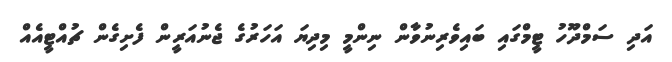
އަދި ސަމްދޫހު ޓީމްގައި ބައިވެރިނުވާން ނިންމީ މިދިޔަ އަހަރުގެ ޖެނުއަރީން ފެށިގެން ޗުއްޓީއެއް